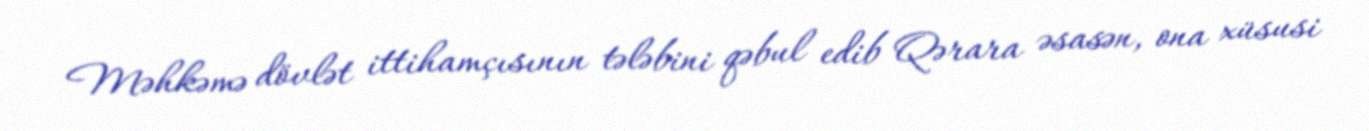
Məhkəmə dövlət ittihamçısının tələbini qəbul edib Qərara əsasən, ona xüsusi